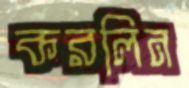
করলিন